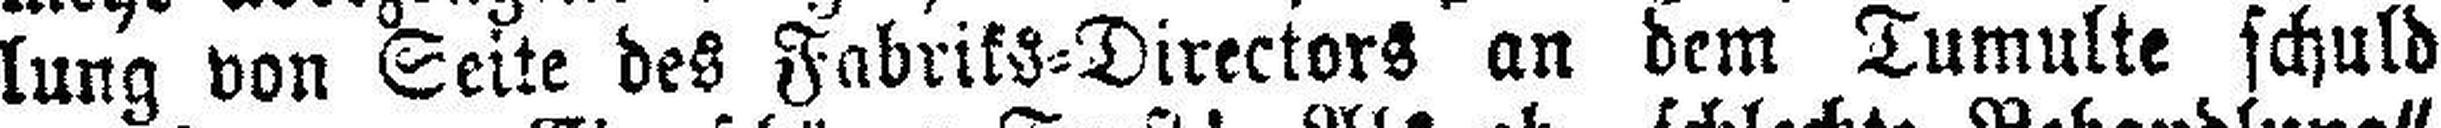
lung von Seite des Fabriks-Directors an dem Tumulte schuld